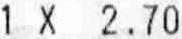
1 X 2.70